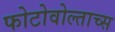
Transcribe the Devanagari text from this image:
फोटोवोल्ताच्स